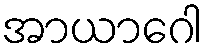
အာယာဂေါ